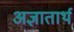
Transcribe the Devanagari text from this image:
अज्ञातार्थ